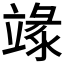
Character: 𥪬